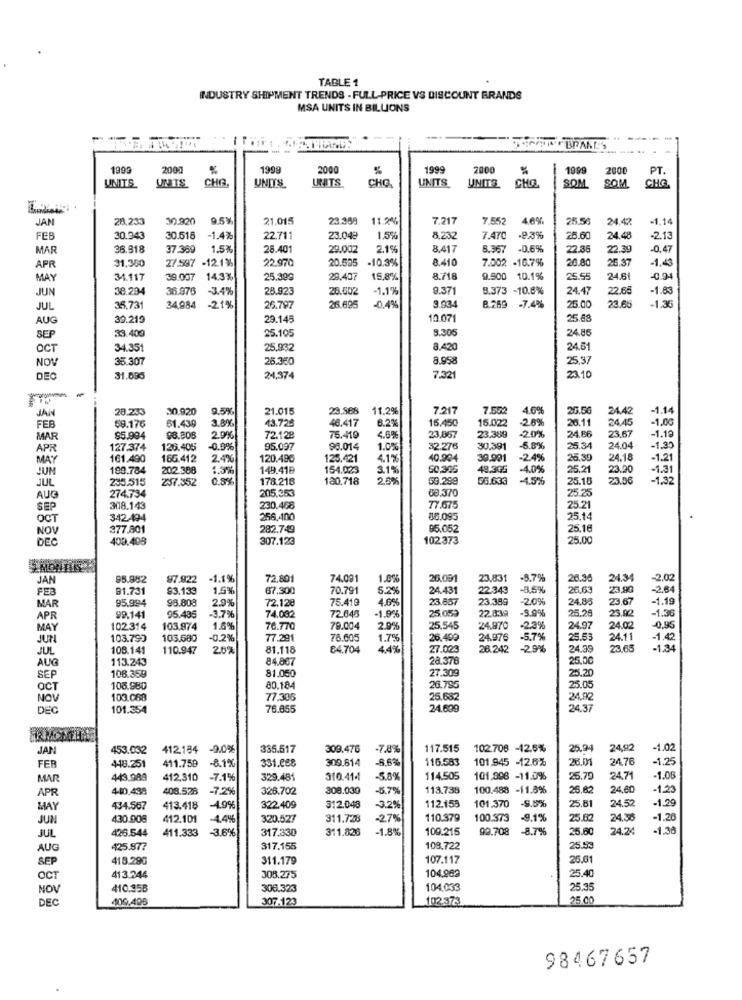
TABLE 1
INDUSTRY SHIPMENT TRENDS - FULL-PRICE VS DISCOUNT BRANDS
MSA UNITS IN BILLIONS
--
1999
2000
1999
200
1999
200
1099
2000
UNITS
UNTS
CHA
UNITS
UNITS
UNITS
CHO
SOM
SOM
PT.
CHQ
CHO
JAN
28.233
30.920
9.5%
21.015
23.388
11.2%
7.217
7.552
4.6%
25.5
24.42
-1.14
FEB
30.943
30.518
-1.4%
22.711
23.048
1.5%
8.232
7.470
-2,3%
26.60
24.48
-2.13
MAR
36.918
37.360
1.5%
28.401
29.002
2.15
8.417
8.36
-0,6%
22.35
22.39
0.47
31,380
27.587 -12.1%
22.970
20.595
-10.3%
3.410
7.002 -16.7%
20.80
25.37
-1.43
APR
MAY
34.117
39.007
14.3%
25.399
29.407
15,8%
8.718
9.900 10.1%
25.55
24.6
-0.9.
JUN
38.294
36.976
3.4%
28.92
26.002
-1.1%
9.371
8.373 -10.8%
24.47
22.65
-1.83
25.00
-1.36
JUL
35,73
34,984
-21%
26.797
26.695
0.49
9.034
8.269 -7.4%
23.65
AU
30.219
29.145
12.07
25.68
33.400
25.105
8.305
24.86
SEP
OCT
34.351
25.932
8.420
24.51
NOV
35.307
25.350
8.958
25.37
DEC
31.695
24,374
7.321
23.10
28.233
30.920
9.59
21.015
23.568
11.29
7.217
7.502
4.6%
20.50
24.42
-1.14
JAN
61.439
3.89
46.417
6.2%
15.450
15.022
-2.8%
26.11
24.45
-1.00
FEB
59.176
43.725
-1.19
MAR
$5.994
88.808
2.9%
72.128
75.419
4.6%
23.857
23.389
-2.0%
24.86
23.67
APR
127.374
126.405
-0.9%
95.097
98.014
1.0%
32.276
30.391
-5.8%
25.34
24.04
-1.3
MAY
161.490
165.412
2.4%
120.496
125.421
4.1%
40.904
39.991 -2.4%
25.39
24.18
-1.21
JUN
189.784
202.388
1.3%
149.41B
154.023
3.1%
50,385
49.305
4.0%
25.21
23.20
-1.31
JUL
235.515
237.352
0.8%
178.218
130.718
2.0%
50.299
56.633
-4.5%
25.15
23.56
-1,32
274.734
08.370
25.25
AUG
205.353
SEP
308.143
230.468
77.675
25.21
OCT
342.494
256.400
86.095
25.14
NOV
377.801
282.749
95.052
25.16
DEC
409.408
307.123
102373
25.00
JAN
95.982
97.822
-1.1%
72.801
74.081
1.0%
26,091
23,831
-8.7%
26.36
24.34
-2.02
FEB
B1.731
93.133
1.5%
67.300
70.791
5.2%
24.431
22.343
-8,5%
2663
23,90
-2.64
95.994
98.808
72.128
75.419
4.6%
23.867
23.389
-2.0%
24.85
3.67
-1.19
MAR
2.9%
22.839
-9.9%
25.28
25.00
-1.36
APR
99.141
95.435
-3.7%
74.032
72.646
-1.9%
25.059
MAY
102.314
103.974
1.6%
76.770
79.004
2.9%|
25.545
24.870
-2,3%
24.97
24.02
-0.95
JUN
103.790
105.680
-0.2%
77.291
78.005
1.7%
26.499
24.976
-5.7%
25.53
24.11
-1.42
JUL
108.141
110.947
2.0%
81.118
84,704
44%
27.023
26.242
-29%
24.39
23.65
-1.34
AUG
113.243
84.867
28.376
25.00
25.20
SEP
108.359
81.050
27.309
OCT
105.980
80.184
26.795
25.05
NOV
103.068
77,306
25.682
24.92
DE
101.354
76.855
24.639
24.37
JAN
453.032
412184 -9.0%
335.517
309.476
-7.8%
117.515
102.708 -12.6%
25.94
24,92
-1.02
411.759
331.088
309.814
-6,6%
116.583
101.845 12.6%
28.01
24.76
-1.2
FER
418.251
-8.1%
MA
443.989
412.310
-7.1%
329.481
310.41.
-5,8%
114.505
101.996 -11.0%
25.79
24.71
-1.08
APR
440.438
408.528
-7.2%
326.702
308.030
-5.7%
113.738
100.488 -11.6%
26.82
24.60
-1.23
112.155
101.370
25.81
24.52
-1.29
MAY
434.567
413.418
-19%
322.409
312.048
-3.2%
-9.5%
JUN
430.908
412.101
-4,4%
320.527
311.728
-2.7%
110.379
100.373
-9.1%
25.62
24.38
-1.20
426.544
411.333
-3.6%
317.330
311.826
-1.8%
109.215
99.708
-8.7%
25.60
24.24
1.36
JUL
AUG
425.97?
317.155
108.722
25.5
SEP
418.290
311.179
107.117
25.0
104.962
OCT
413.244
308.275
25.4
NOV
410.35B
306.323
104.033
25.35
DEC
409,495
307.123
102.373
25.00
98467657